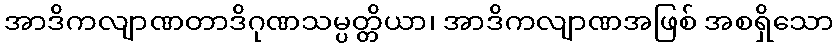
အာဒိကလျာဏတာဒိဂုဏသမ္ပတ္တိယာ၊ အာဒိကလျာဏအဖြစ် အစရှိသော